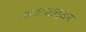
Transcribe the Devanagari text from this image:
आकाशातूअन